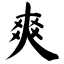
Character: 爽